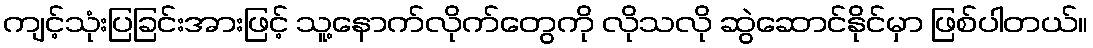
ကျင့်သုံးပြခြင်းအားဖြင့် သူ့နောက်လိုက်တွေကို လိုသလို ဆွဲဆောင်နိုင်မှာ ဖြစ်ပါတယ်။